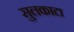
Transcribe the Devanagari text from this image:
सुलकाटा